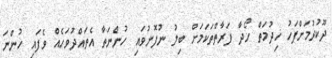
ދޫކުުރުމަށްފަހު ޚިދުމަތް ހޯދާ ފަރާތްތަކަމަށް ބިލު ނުފޮނުވައި ހުންނަތާ އެތައްދުވަހެއް ވެފައި ހުންނަ